65_HS1-834228961_62-HQ-83894_Section_8
Agency: FBI
Page 20
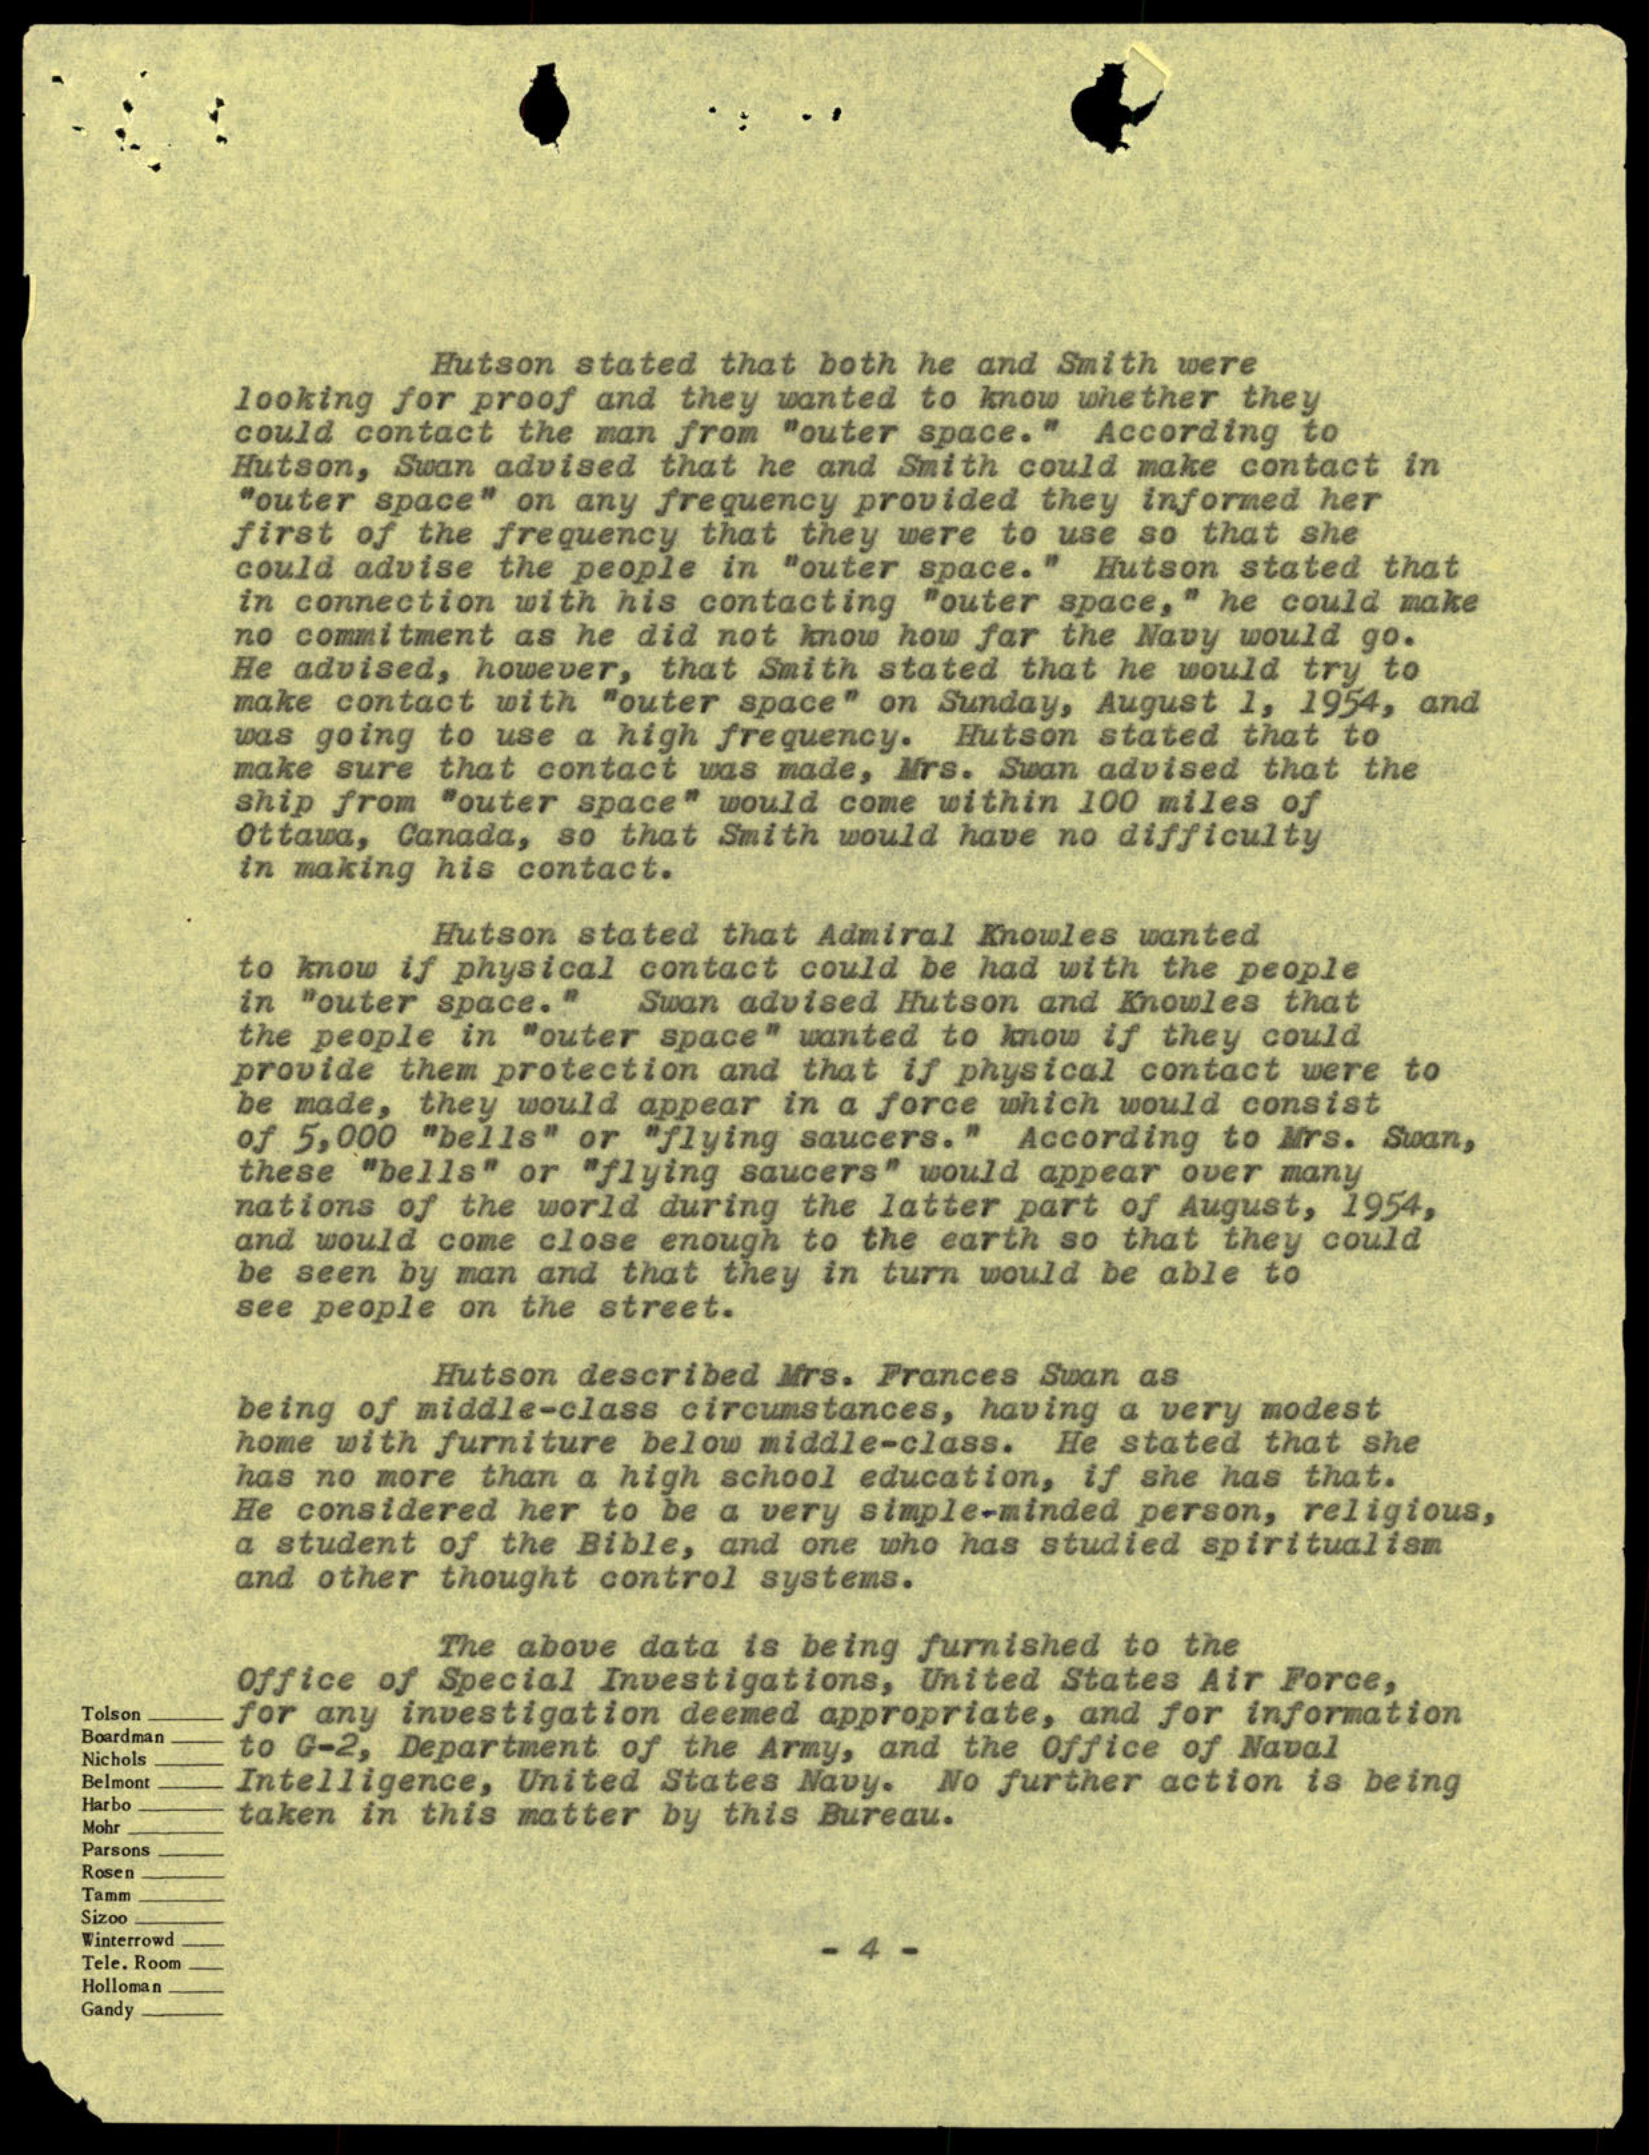